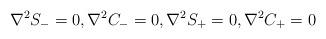
LaTeX: \begin{align*}\begin{aligned}\nabla^2 S_-=0 , \nabla^2 C_-=0, \nabla^2 S_+=0, \nabla^2 C_+=0\end{aligned}\end{align*}